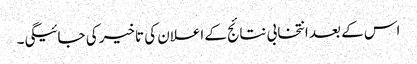
اس کے بعد انتخابی نتائج کے اعلان کی تاخیر کی جائیگی۔